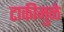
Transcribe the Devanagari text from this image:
टाकीमुळे